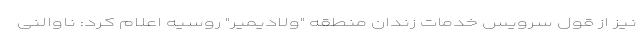
نیز از قول سرویس خدمات زندان منطقه "ولادیمیر" روسیه اعلام کرد: ناوالنی